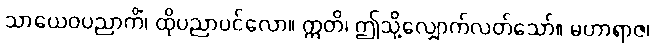
သာယေဝပညာကိံ၊ ထိုပညာပင်လော။ ဣတိ၊ ဤသို့လျှောက်လတ်သော်။ မဟာရာဇ၊